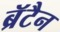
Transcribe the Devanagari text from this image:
ब्रॅटैन